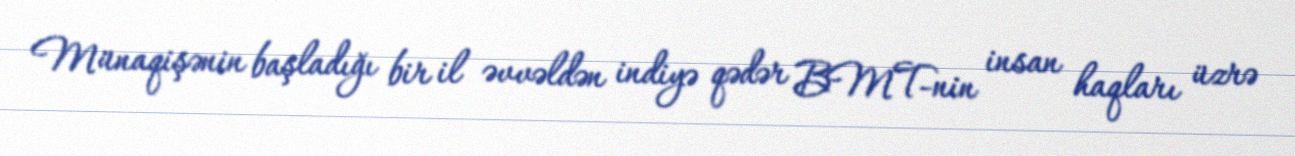
Münaqişənin başladığı bir il əvvəldən indiyə qədər BMT-nin insan haqları üzrə